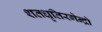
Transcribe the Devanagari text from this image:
शतधृतिरगेन्द्रो